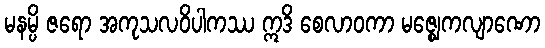
မနမ္ပိ ဇရော အကုသလဝိပါကဿ ဣဒိ စေလာဝကာ မဇ္ဈေကလျာဏော